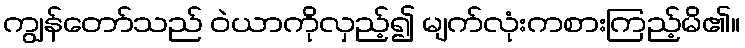
ကျွန်တော်သည် ဝဲယာကိုလှည့်၍ မျက်လုံးကစားကြည့်မိ၏။